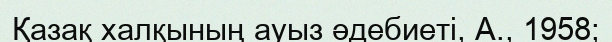
Қазақ халқының ауыз әдебиеті, А., 1958;